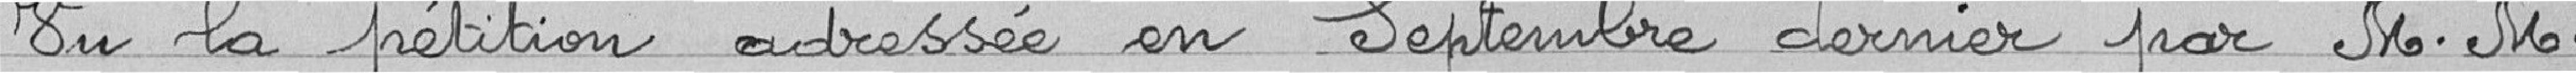
Vu la pétition adressée en septembre dernier par Messieurs